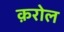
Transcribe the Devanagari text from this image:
क़रोल